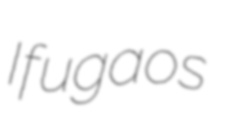
Ifugaos